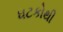
ધટકોથી